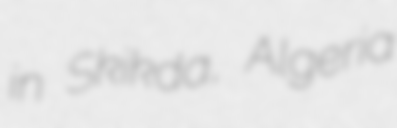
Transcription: in Skikda, Algeria